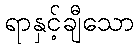
ရာနှင့်ချီသော